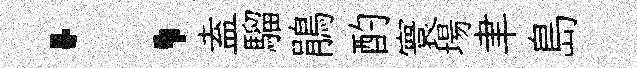
；盍騮鵑酌寰場聿島